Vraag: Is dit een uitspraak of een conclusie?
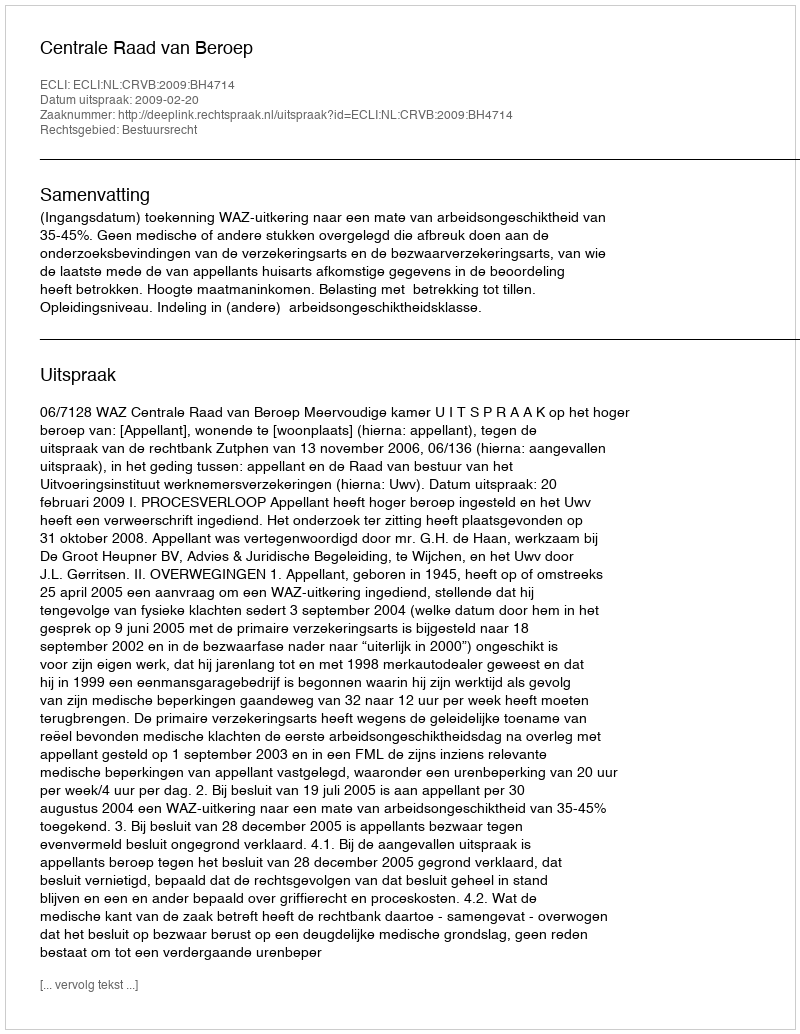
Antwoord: Uitspraak